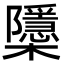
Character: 櫽